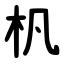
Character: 杋